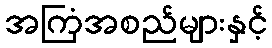
အကြံအစည်များနှင့်